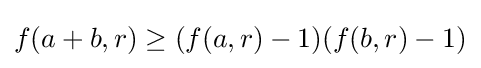
f(a+b,r)\geq (f(a,r)-1)(f(b,r)-1)